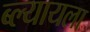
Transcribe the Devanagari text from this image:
ब्ल्यायला